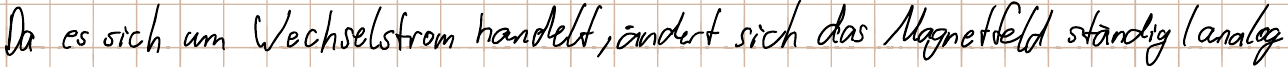
Da es sich um Wechselstrom handelt, ändert sich das Magnetfeld ständig (analog